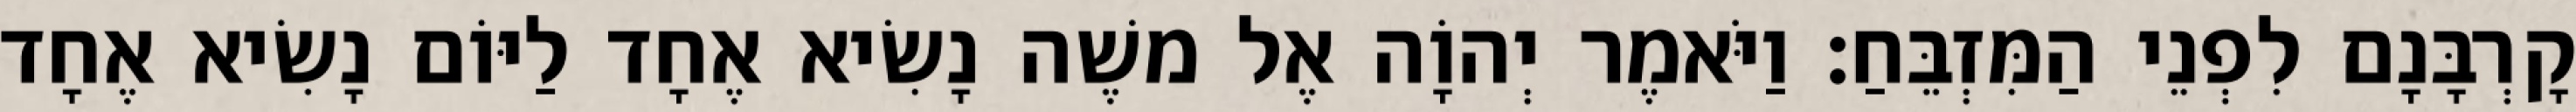
קָרְבָּנָם לִפְנֵי הַמִּזְבֵּחַ׃ וַיֹּאמֶר יְהוָֹה אֶל משֶׁה נָשִׂיא אֶחָד לַיּוֹם נָשִׂיא אֶחָד